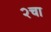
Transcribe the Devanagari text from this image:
२चा